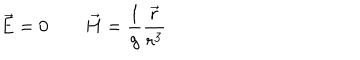
\vec { E } = 0 \qquad \vec { H } = \frac { 1 } { g } \frac { \vec { r } } { r ^ { 3 } }